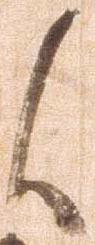
候